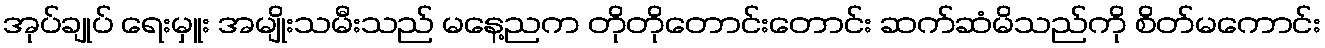
အုပ်ချုပ် ရေးမှူး အမျိုးသမီးသည် မနေ့ညက တိုတိုတောင်းတောင်း ဆက်ဆံမိသည်ကို စိတ်မကောင်း